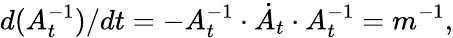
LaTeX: d(A_{t}^{-1})/dt=-A_{t}^{-1}\cdot\dot{A}_{t}\cdot A_{t}^{-1}=m^{-1},